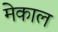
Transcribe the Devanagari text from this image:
मेकाल